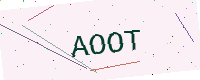
Text: AOOT